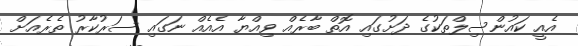
އެއީ ކައުންސިލްތަކުގެ ދަށުގައި އޮތް ބާރެއް ވިއްޔާ އެއެއް ނަގައި ސަރުކާރު ތެރެއަށް